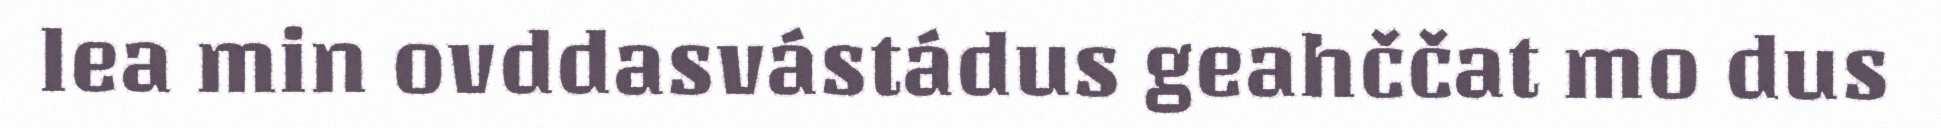
lea min ovddasvástádus geahččat mo dus